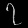
Digit: ၇